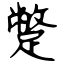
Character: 蹩